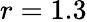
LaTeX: r=1.3